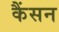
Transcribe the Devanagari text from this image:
कैंसन